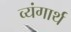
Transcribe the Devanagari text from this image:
व्यंगार्थ